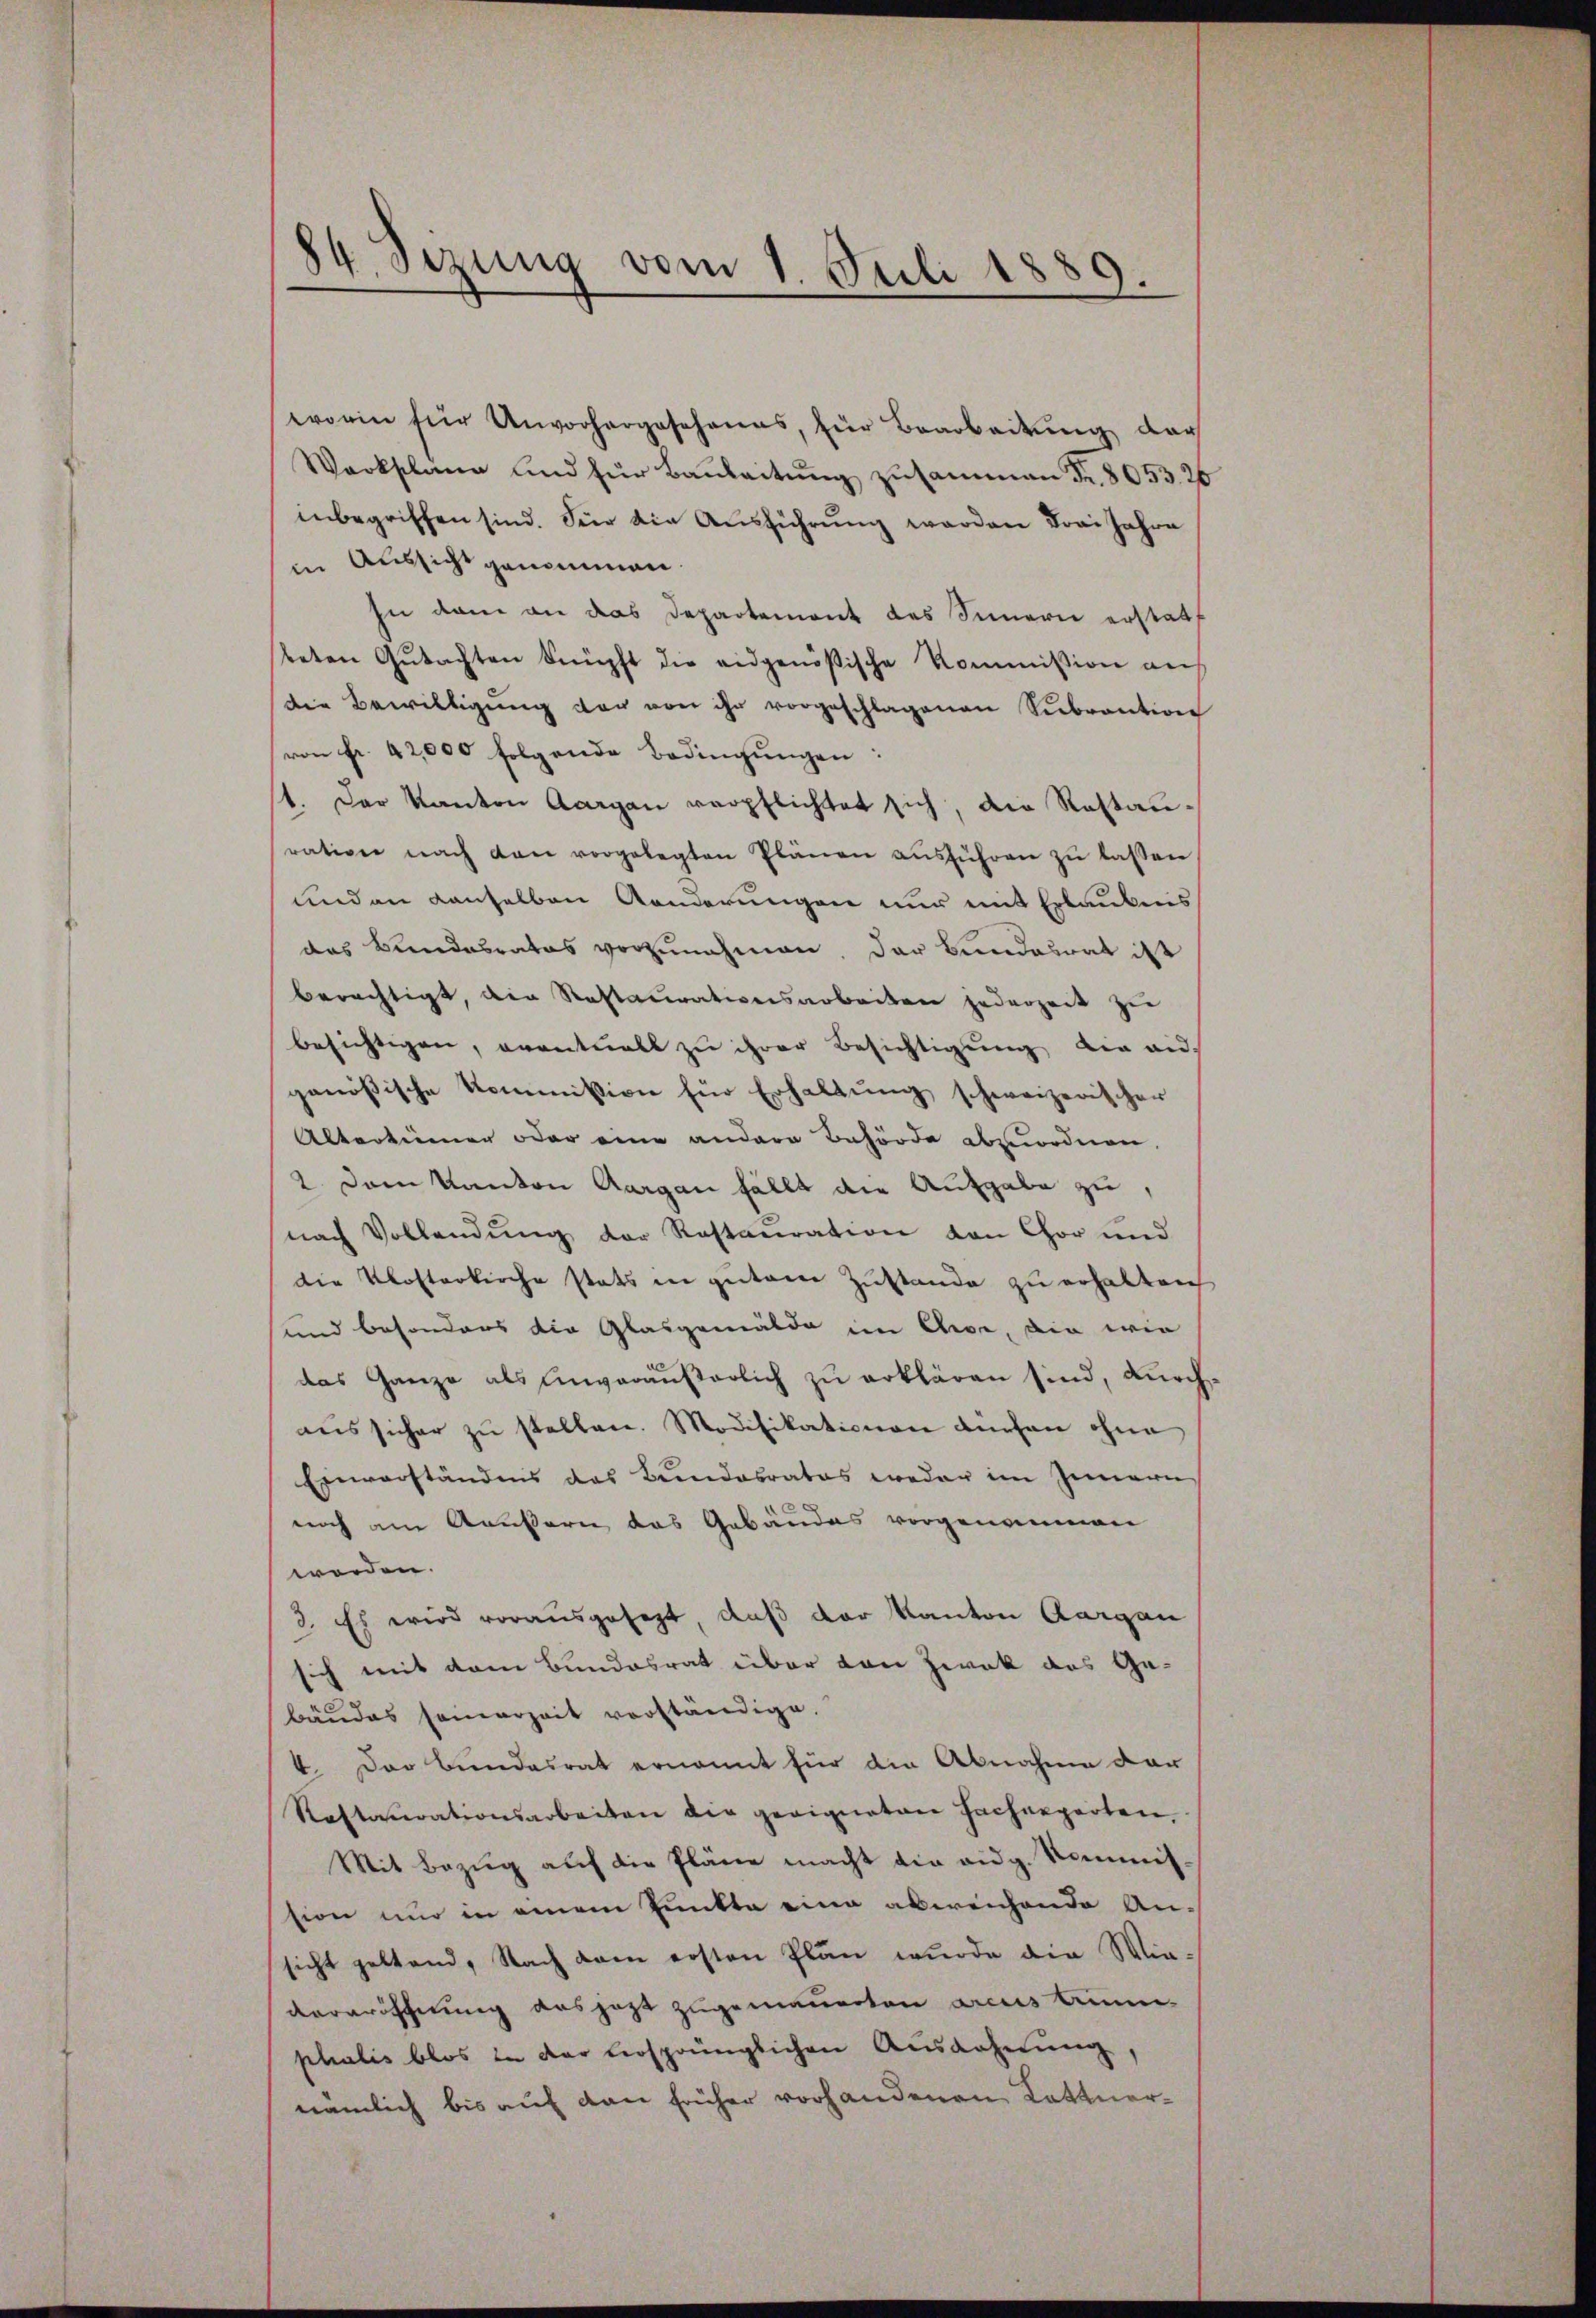
84. Sizung vom 1. Juli 1889.

worin für Unvorhergesehenes, für Bearbeitŭng der
Warkschang und für Baŭleitŭng zusammen Fr. 8053. 26
inbegriffen sind. Für die Ausführung werden drei Jahre
in Aussicht genommen.
zu dan an das Departement des Sinnern erstatt
teten Gutachten knüpft die eidgenößische Kommission auf
die Bewilligŭng der von ihr vorgeschlagenen Sebrantion
von Fr. 42,000 folgende Bedingŭngen:
1. Der Kanton Aargau verpflichtet sich, die Restanration nach den vorgelegten Plänen aŭsführen zŭ lassen
und an denselben Aenderungen nur mit Erlaubnis
das Bundesrates vorzunehmen, der Bundesrat ist
berächtigt, die Restaurativersarbeiten jederzeit zu
besichtigen, eventuell zu ihrer Besichtigŭng die an.
genößische Kommission für Erhaltung schweizerischer
Altertümer oder eine andere Behörde abzuordnen,
2. Dem Kanton Aargau fällt die Aufgabe zu,
nach Vollendung der Restauration von Chor und
die Klosterkirche stats in gutem Zustande zu erhalten
und besonders die Glasgemälde im Ehe, die wie
das Ganze als einveräußerlich zu erklären sind, durchaŭs sicher zŭ stellen. Modifikationen Büchen ohne
Einverständnis das Bundesrates weder im Innern
noch an Aeußern das Gebäudes vorgenommen
worden.
3. Es wird vorausgesezt, daß der Kanton Aargau
sich mit dem Bundesrat über von Zwek des Ge-
bäudes seinerzeit vorständige.
4. Der Bundesrat ernannt für die Abnahme dar
Rastaurationsarbeiten die geeigneten Facherparten,
Mit Bezug auf die Pläne macht die eidg. Kommission nur in einem Punkte eine abereichende An-
sicht geltend, Nach dem ersten Plan wurde die Wievereröfchnung aus jezt zugemauerten arcus brinphalis blos in der versprünglichen Auswahnŭng,
nämlich bis auf dan früher vorhandenen Lattner¬